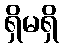
ရှိမရှိ